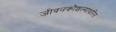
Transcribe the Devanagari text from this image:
जीवनकौशल्याधारित